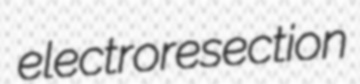
electroresection